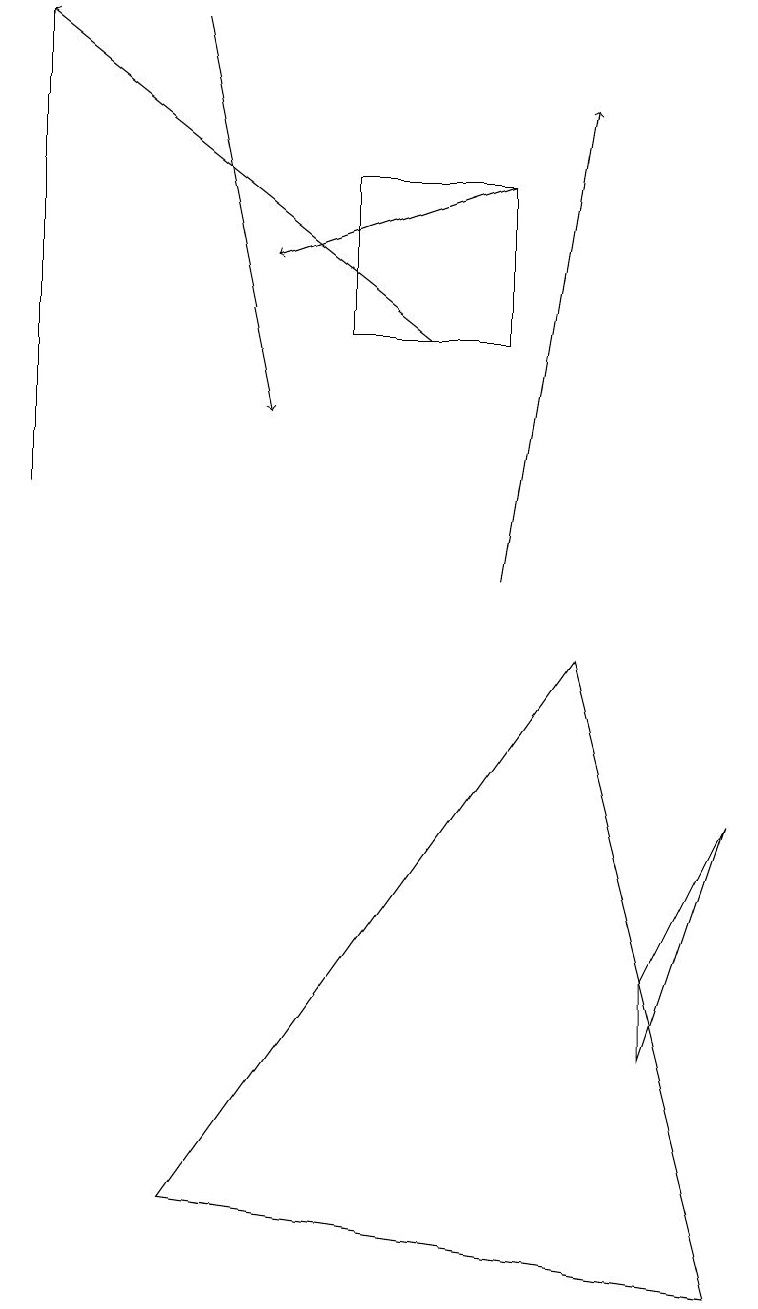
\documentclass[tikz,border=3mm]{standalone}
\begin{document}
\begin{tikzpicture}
\draw[->] (5,13) -- (0,17);
\draw[->] (2,17) -- (3,12);
\draw[->] (6,10) -- (7,16);
\draw (2,2) -- (7,9) -- (9,1) -- cycle;
\draw[->] (6,15) -- (3,14);
\draw (8,4) -- (8,5) -- (9,7) -- cycle;
\draw (4,15) rectangle (6,13);
\draw (0,17) rectangle (0,11);
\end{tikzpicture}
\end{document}